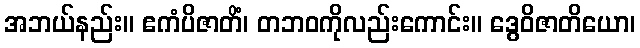
အဘယ်နည်း။ ဧကံပိဇာတိံ၊ တဘဝကိုလည်းကောင်း။ ဒွေဝိဇာတိယော၊